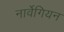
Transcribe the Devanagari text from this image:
नार्वेगियन